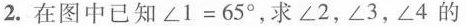
2.在图中已知$$\angle1=65^{\circ}$$，求\angle2，\angle3，\angle4的